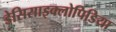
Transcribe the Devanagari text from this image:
डेसिसाइक्लोपिडिया